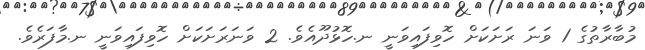
މުބާރާތުގެ 1 ވަނަ ރަށަކަށް ހޮވިފައިވަނީ ނ.ހޮޅުދޫއެވެ. 2 ވަނަރަށަކަށް ހޮވިފައިވަނީ ނ.މާފަރެވެ.